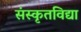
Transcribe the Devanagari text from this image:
संस्कृतविद्या